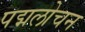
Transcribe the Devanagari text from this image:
पद्मलोचन